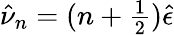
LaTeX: \hat{\nu}_{n}=(n+{\textstyle{\frac{1}{2}}})\hat{\epsilon}